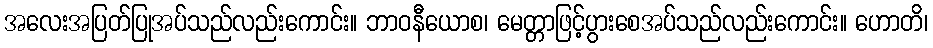
အလေးအပြတ်ပြုအပ်သည်လည်းကောင်း။ ဘာဝနီယောစ၊ မေတ္တာဖြင့်ပွားစေအပ်သည်လည်းကောင်း။ ဟောတိ၊